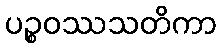
ပဉ္စဝဿသတိကာ